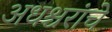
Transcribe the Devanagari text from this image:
अधश्चरांचे